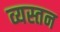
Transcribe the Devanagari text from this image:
व्यस्तन